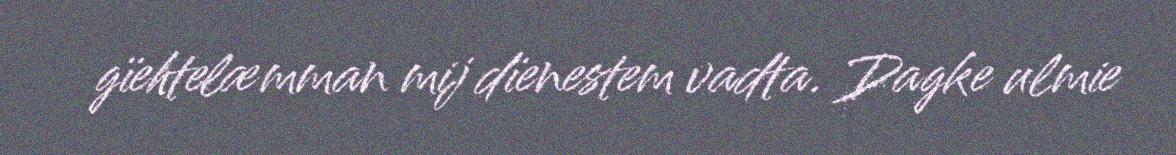
gïehtelæmman mij dïenestem vadta. Dagke ulmie